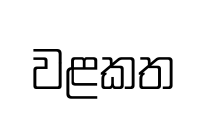
වළකත